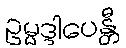
ဥမ္မဒ္ဒါပေန္တီ